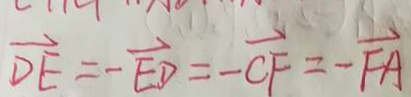
\overrightarrow { D E } = - \overrightarrow { E D } = - \overrightarrow { C F } = - \overrightarrow { F A }